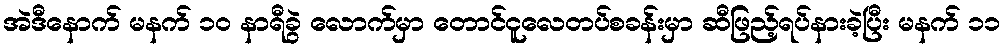
အဲဒီနောက် မနက် ၁၀ နာရီခွဲ လောက်မှာ တောင်ငူလေတပ်စခန်းမှာ ဆီဖြည့်ရပ်နားခဲ့ပြီး မနက် ၁၁